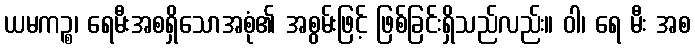
ယမကဉ္စ၊ ရေမီးအစရှိသောအစုံ၏ အစွမ်းဖြင့် ဖြစ်ခြင်းရှိသည်လည်း။ ဝါ၊ ရေ မီး အစ